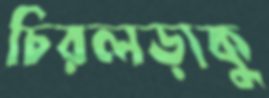
চিরলড়াকু